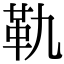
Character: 𩉝